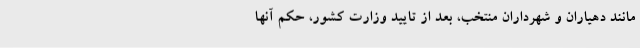
مانند دهیاران و شهرداران منتخب، بعد از تایید وزارت کشور، حکم آنها